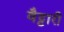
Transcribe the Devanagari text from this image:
वैट्टारी